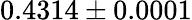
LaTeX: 0.4314\pm 0.0001